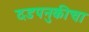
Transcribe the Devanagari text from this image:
दडपनुकीचा